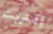
إقتربت